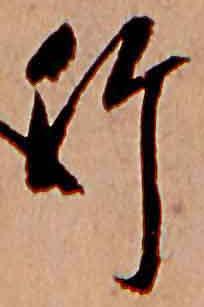
竹